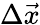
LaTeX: \Delta\vec{x}